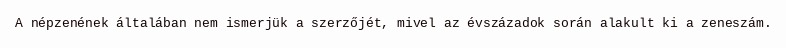
A népzenének általában nem ismerjük a szerzőjét, mivel az évszázadok során alakult ki a zeneszám.